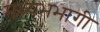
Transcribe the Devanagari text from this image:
मध्यभभागी